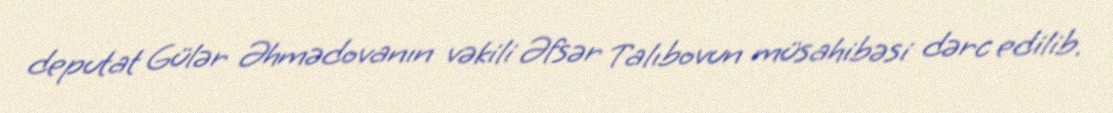
deputat Gülər Əhmədovanın vəkili Əfsər Talıbovun müsahibəsi dərc edilib.